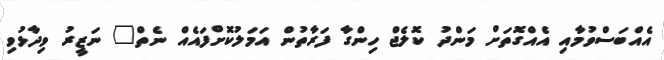
އެއްބަސްވުމާއި އެއްގޮތަށް މަންދު ކޮލެޖް ހިންގާ ފަރާތުން އަމަލުކޮށްފައެއް ނެތް" ނަޒީރު ވިދާޅުވި